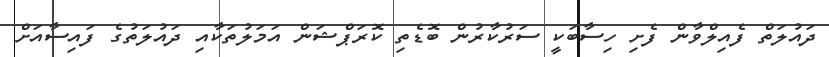
ދައުލަތް ފެއިލްވާން ފެށި ހިސާބަކީ ސަރުކާރުން ބޮޑެތި ކޮރަޕްޝަން އަމަލުތަކާއި ދައުލަތުގެ ފައިސާއަށް